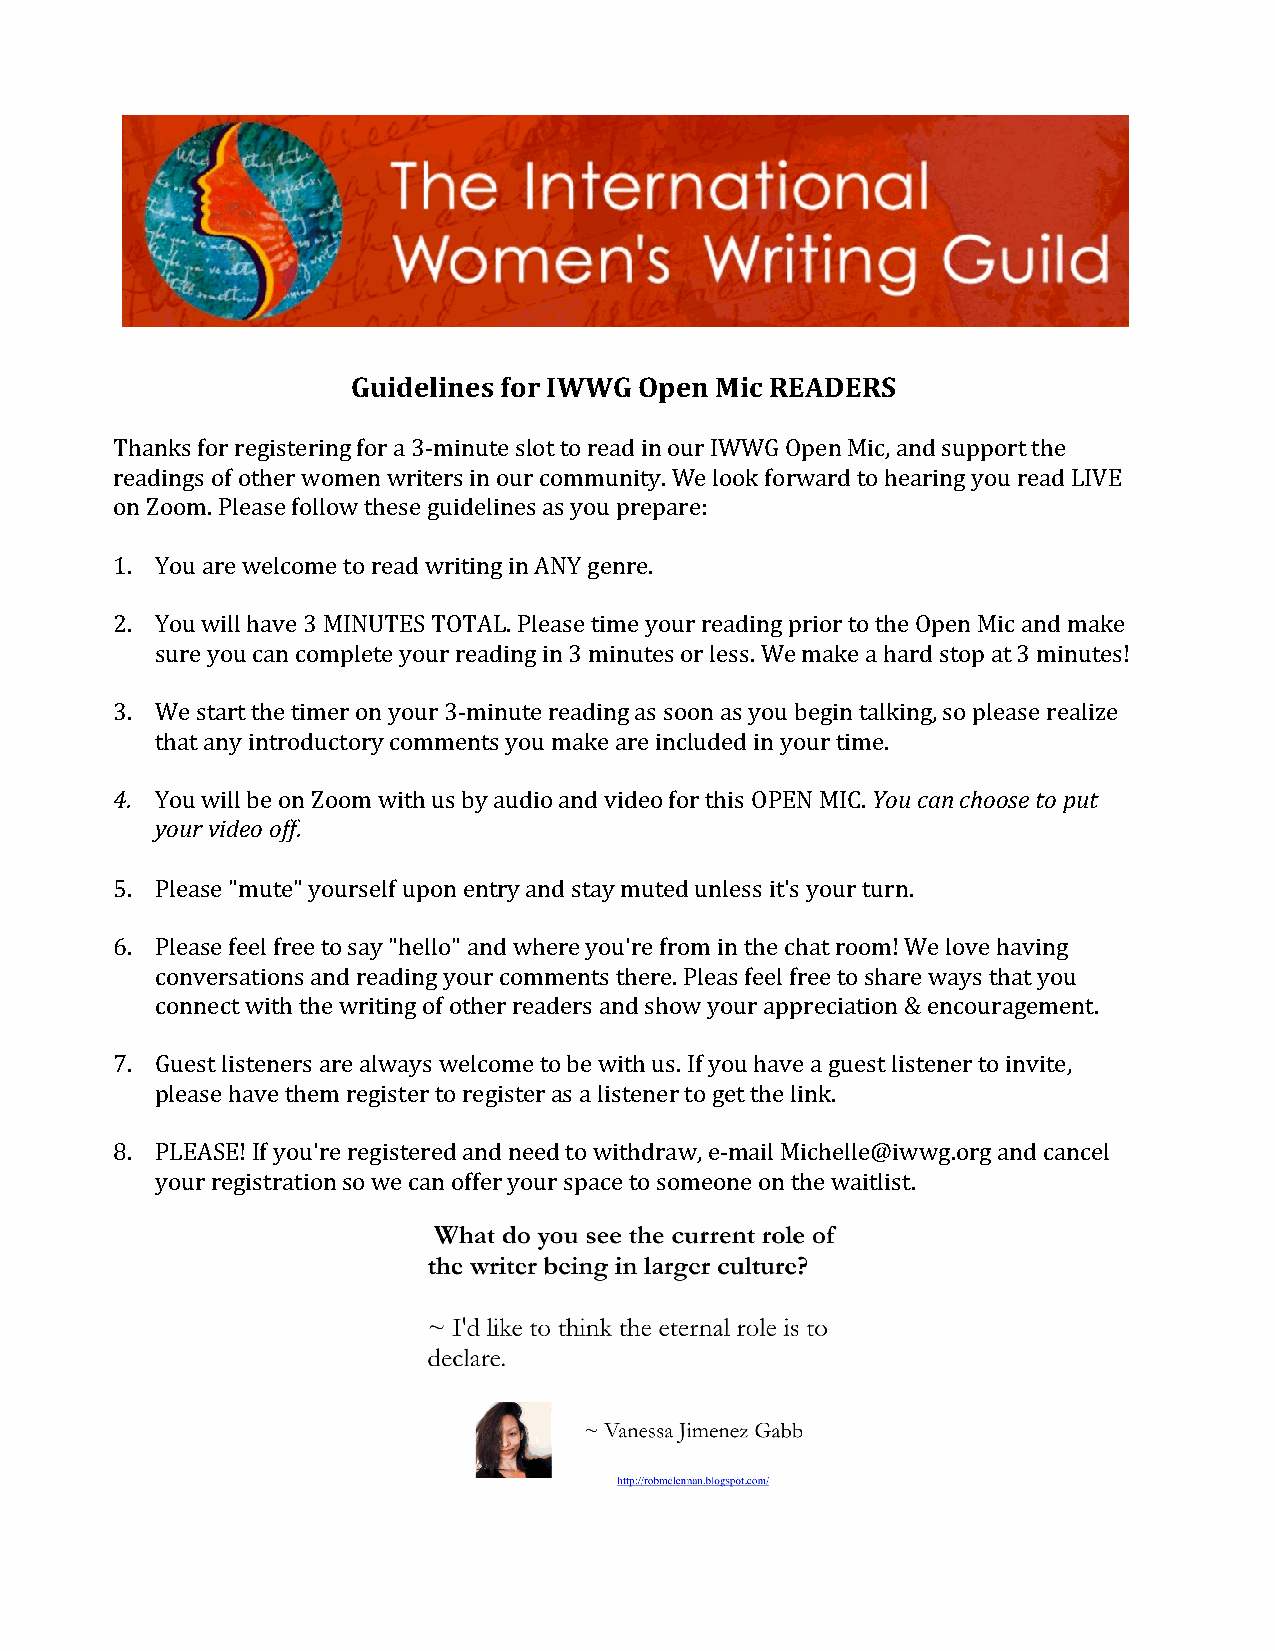
Guidelines for IWWG Open Mic READERS
 Thanks for registering for a 3-minute slot to read in our IWWG Open Mic, and support the
 readings of other women writers in our community. We look forward to hearing you read LIVE
 on Zoom. Please follow these guidelines as you prepare:
 1. You are welcome to read writing in ANY genre.
 2. You will have 3 MINUTES TOTAL. Please time your reading prior to the Open Mic and make
 sure you can complete your reading in 3 minutes or less. We make a hard stop at 3 minutes!
 3. We start the timer on your 3-minute reading as soon as you begin talking, so please realize
 that any introductory comments you make are included in your time.
 4. You will be on Zoom with us by audio and video for this OPEN MIC. You can choose to put
 your video off.
 5. Please "mute" yourself upon entry and stay muted unless it's your turn.
 6. Please feel free to say "hello" and where you're from in the chat room! We love having
 conversations and reading your comments there. Pleas feel free to share ways that you
 connect with the writing of other readers and show your appreciation & encouragement.
 7. Guest listeners are always welcome to be with us. If you have a guest listener to invite,
 please have them register to register as a listener to get the link.
 8. PLEASE! If you're registered and need to withdraw, e-mail Michelle@iwwg.org and cancel
 your registration so we can offer your space to someone on the waitlist.